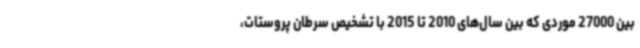
بین 27000 موردی که بین سال‌های 2010 تا 2015 با تشخیص سرطان پروستات،